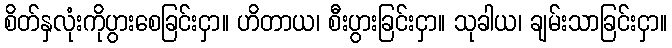
စိတ်နှလုံးကိုပွားစေခြင်းငှာ။ ဟိတာယ၊ စီးပွားခြင်းငှာ။ သုခါယ၊ ချမ်းသာခြင်းငှာ။